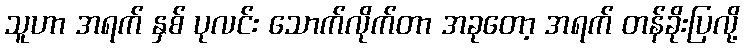
သူဟာ အရက် နှစ် ပုလင်း သောက်လိုက်တာ အခုတော့ အရက် တန်ခိုးပြလို့